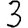
Digit: 3